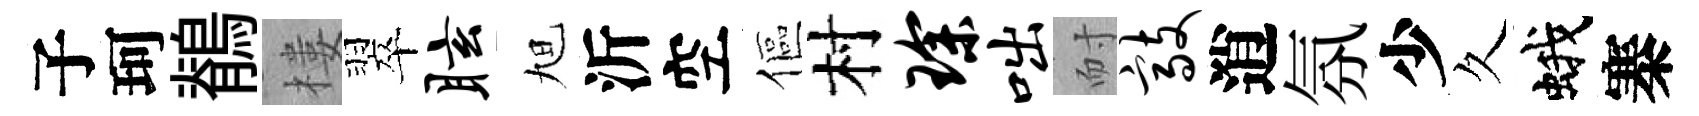
子珂鶺樓翠眩旭沂空傴村琛咄耐敲逍氛少久蛾寨